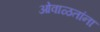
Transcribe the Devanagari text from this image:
ओवाळतांना